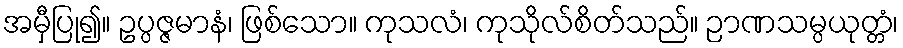
အမှီပြု၍။ ဥပ္ပဇ္ဇမာနံ၊ ဖြစ်သော။ ကုသလံ၊ ကုသိုလ်စိတ်သည်။ ဉာဏသမ္ပယုတ္တံ၊